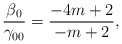
\begin{align*}{\beta_0 \over \gamma_{00}} = {-4m +2 \over -m +2},\end{align*}